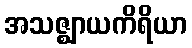
အသဇ္ဈာယကိရိယာ